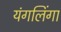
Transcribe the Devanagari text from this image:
यंगलिंगा